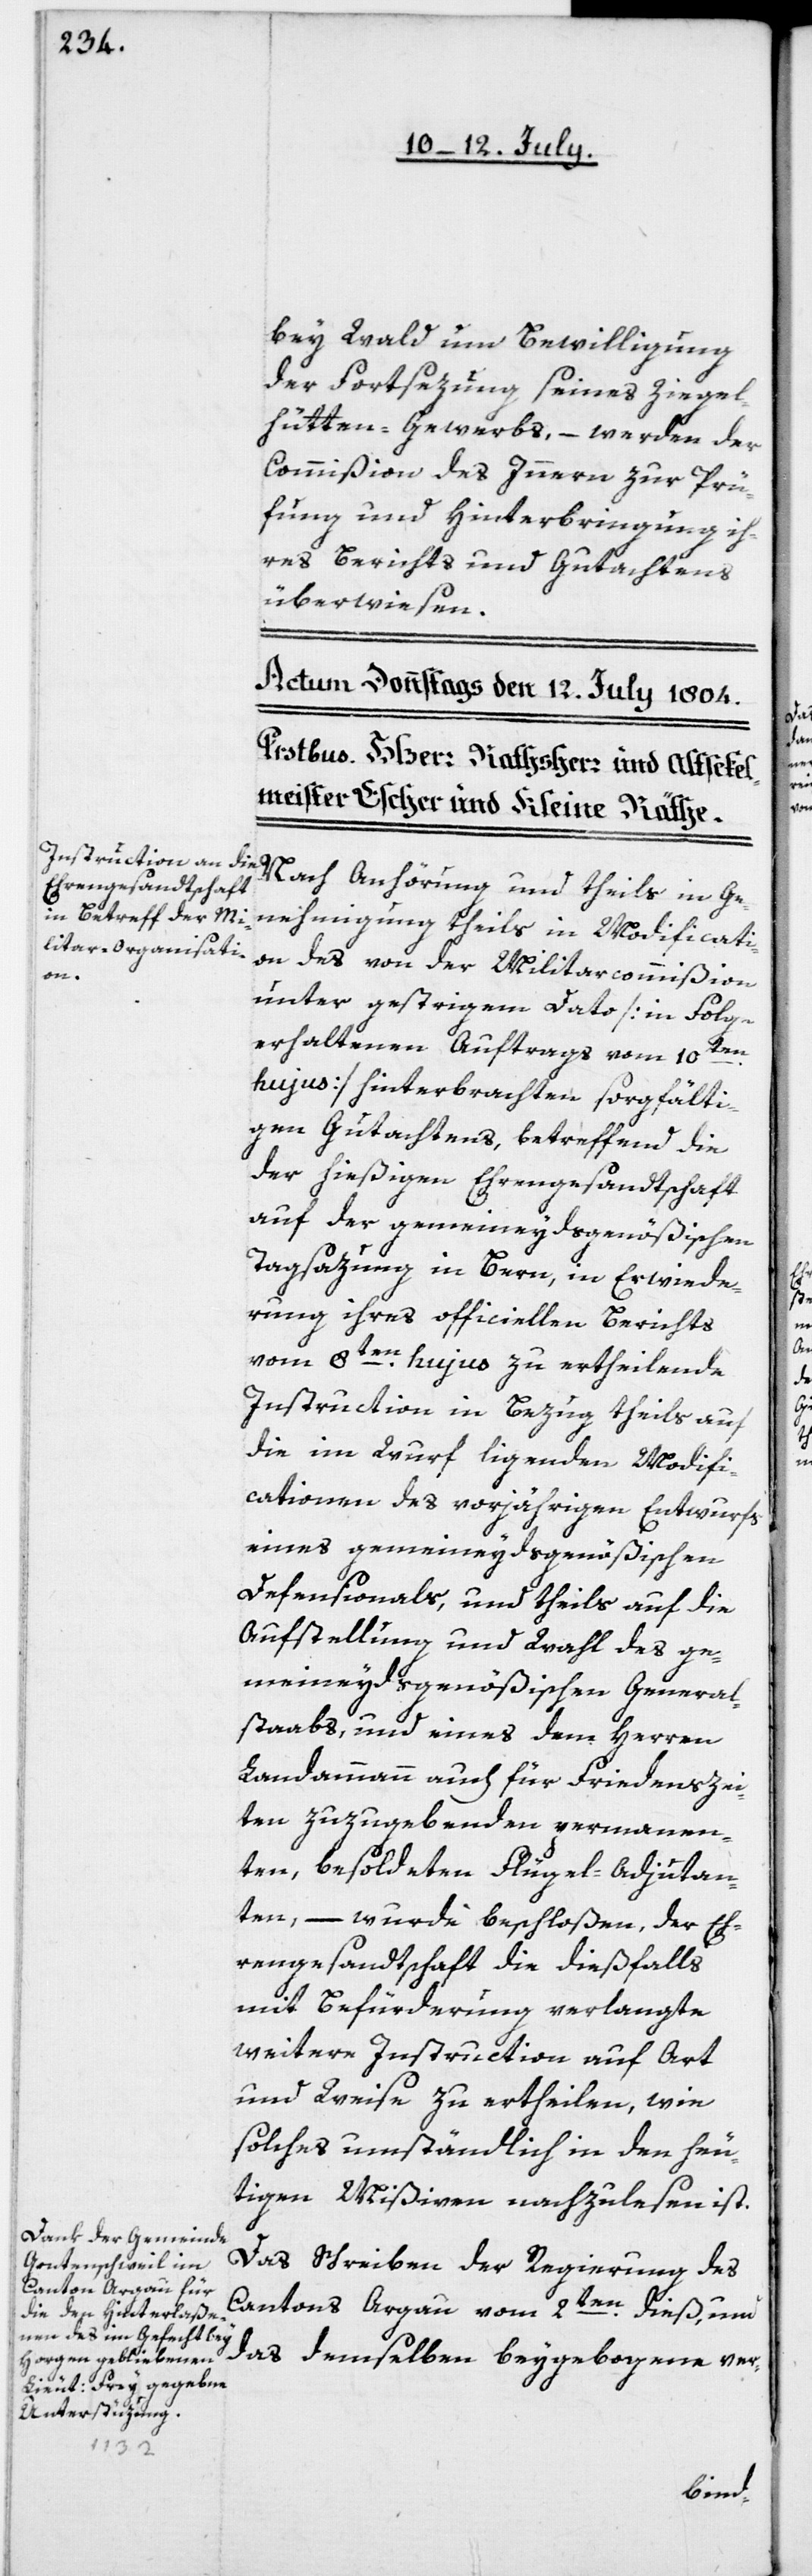
bey Wald, um Bewilligung
der Fortsezung seines Ziegel¬
hütten-Gewerbs, – werden der
Commißion des Innern zur Prü¬
fung und Hinterbringung ih¬
res Berichts und Gutachtens
überwiesen.
Nach Anhörung und theils in Ge¬
nehmigung theils in Modificati¬
on des von der Militarcommißion
unter gestrigem Dato [in Folge
erhaltenen Auftrags vom 10t¬
en
hujus] hinterbrachten sorgfälti¬
gen Gutachtens, betreffend die
der hießigen Ehrengesandtschaft
auf der gemeineydsgenößischen
Tagsazung in Bern, in Erwiede¬
rung ihres officiellen Berichts
vom 8ten hujus zu ertheilende
Instruction in Bezug theils auf
die im Wurf liegenden Modifi¬
cationen des vorjährigen Entwurfs
eines gemeineydsgenößischen
Defensionals, und theils auf die
Aufstellung und Wahl des ge¬
meineydsgenößischen General¬
staabs, und eines dem Herren
Landammann auch für Friedenszei¬
ten zuzugebenden permanen¬
ten, besoldeten Flügel-Adjudan¬
ten, – wurde beschloßen, der Eh¬
rengesandtschaft die dießfalls
mit Befürderung verlangte
weitere Instruction auf Art
und Weise zu ertheilen, wie
solches umständlich in den heu¬
tigen Mißiven nachzulesen ist.
Das Schreiben der Regierung des
Cantons Argau vom 2ten dieß, und
das demselben beygebogene ver-